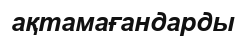
ақтамағандарды